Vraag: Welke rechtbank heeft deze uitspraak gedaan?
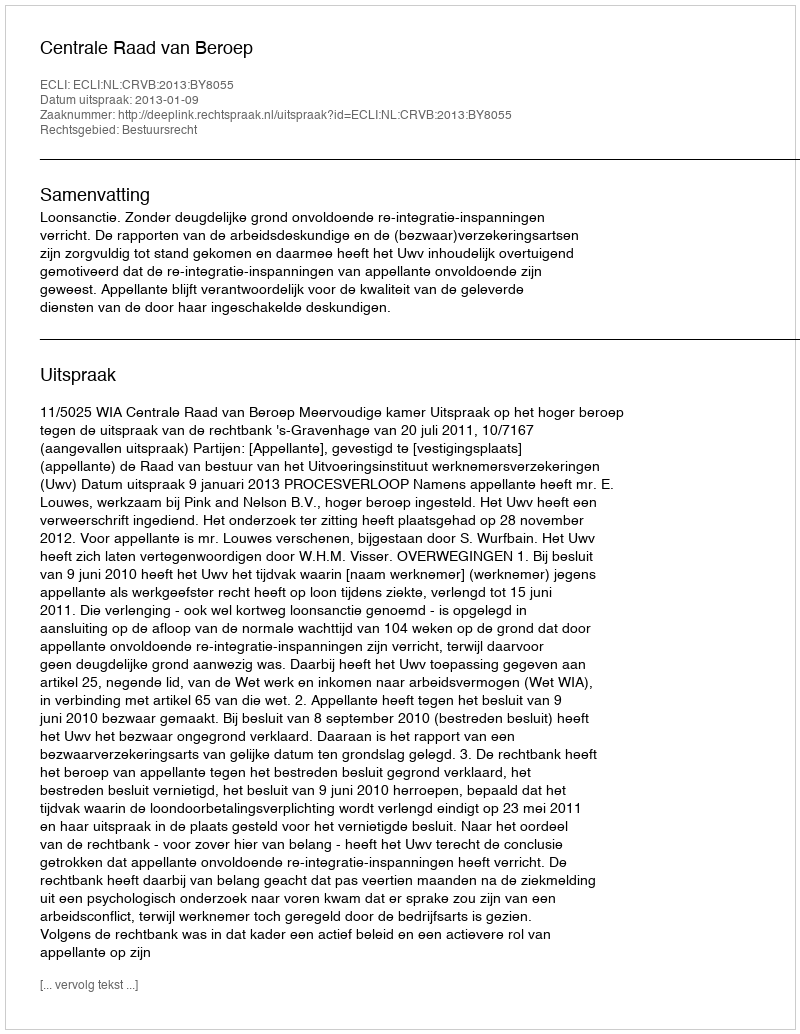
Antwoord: Centrale Raad van Beroep